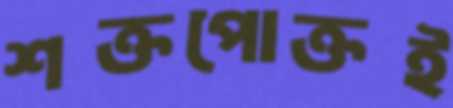
শক্তপোক্তই